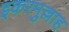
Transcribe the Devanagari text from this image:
इकरमुल्लाह